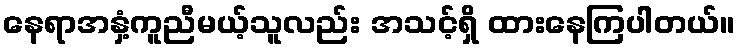
နေရာအနှံ့ကူညီမယ့်သူလည်း အသင့်ရှိ ထားနေကြပါတယ်။